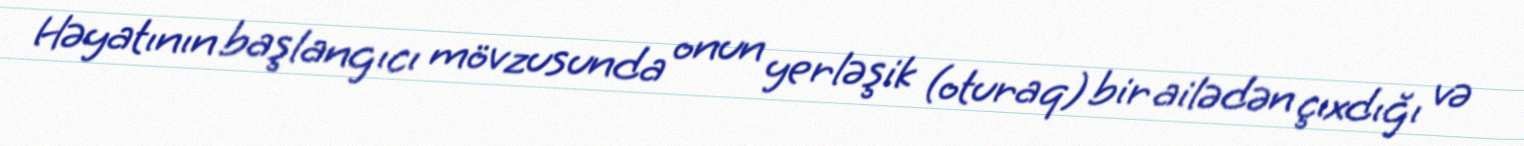
Həyatının başlangıcı mövzusunda onun yerləşik (oturaq) bir ailədən çıxdığı və